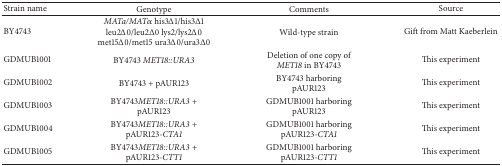
| Strain name | Genotype | Comments | Source |
 | --- | --- | --- | --- |
 | BY4743 | MATa/MATαhis3Δ1/his3Δ1 leu2Δ0/leu2Δ0 lys2/lys2Δ0 met15Δ0/met15 ura3Δ0/ura3Δ0 | Wild-type strain | Gift from Matt Kaeberlein |
 | GDMUB1001 | BY4743 MET18::URA3 | Deletion of one copy of MET18 in BY4743 | This experiment |
 | GDMUB1002 | BY4743 + pAUR123 | BY4743 harboring pAUR123 | This experiment |
 | GDMUB1003 | BY4743MET18::URA3 + pAUR123 | GDMUB1001 harboring pAUR123 | This experiment |
 | GDMUB1004 | BY4743MET18::URA3 + pAUR123-CTA1 | GDMUB1001 harboring pAUR123-CTA1 | This experiment |
 | GDMUB1005 | BY4743MET18::URA3 + pAUR123-CTT1 | GDMUB1001 harboring pAUR123-CTT1 | This experiment |